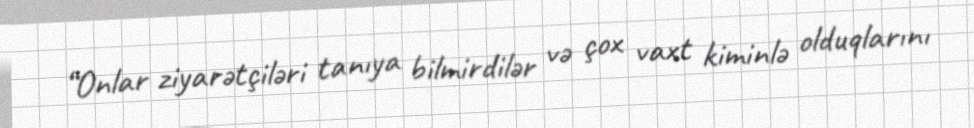
“Onlar ziyarətçiləri tanıya bilmirdilər və çox vaxt kiminlə olduqlarını